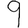
Digit: 9